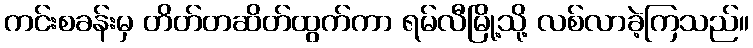
ကင်းစခန်းမှ တိတ်တဆိတ်ထွက်ကာ ရမ်လီမြို့သို့ လစ်လာခဲ့ကြသည်။